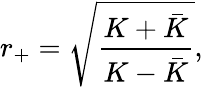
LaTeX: r_{+}=\sqrt{\frac{K+\bar{K}}{K-\bar{K}}},